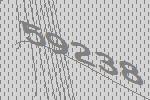
59238